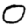
Digit: 0